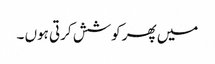
میں پھر کوشش کرتی ہوں ۔